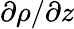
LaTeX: \partial\rho/\partial z